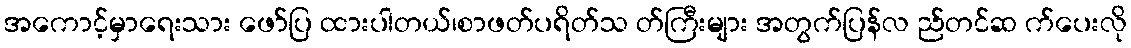
အကောင့်မှာရေးသား ဖော်ပြ ထားပါတယ်၊စာဖတ်ပရိတ်သ တ်ကြီးများ အတွက်ပြန်လ ည်တင်ဆ က်ပေးလို